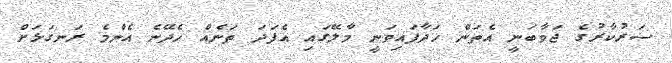
ސަރުކާރުގެ ޖަވާބަނީ އެތަން ހަދާފައިވަނީ މާލޭގައި އެފަދަ ތަނެއް ހެދޭނެ އެންމެ ރަނގަޅަށް